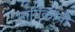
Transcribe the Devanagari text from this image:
मार्गिकांची